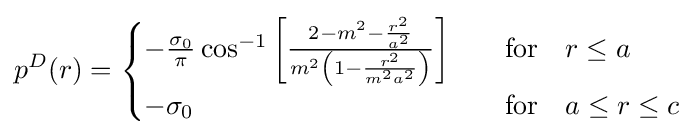
p^{D}(r)={\begin{cases}-{\frac {\sigma _{0}}{\pi }}\cos ^{-1}\left[{\frac {2-m^{2}-{\frac {r^{2}}{a^{2}}}}{m^{2}\left(1-{\frac {r^{2}}{m^{2}a^{2}}}\right)}}\right]&\quad {\text{for}}\quad r\leq a\\-\sigma _{0}&\quad {\text{for}}\quad a\leq r\leq c\end{cases}}